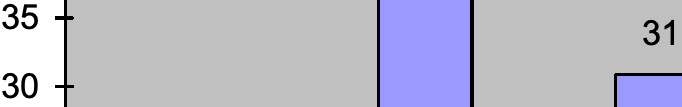
35 31 30